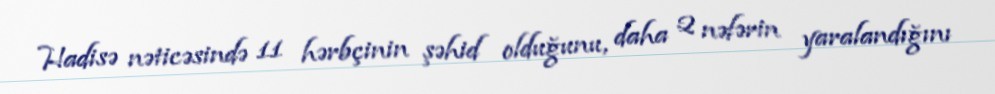
Hadisə nəticəsində 11 hərbçinin şəhid olduğunu, daha 2 nəfərin yaralandığını